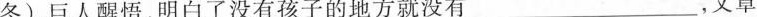
冬)，巨人醒悟，明白了没有孩子的地方就没有___，文章